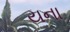
યના